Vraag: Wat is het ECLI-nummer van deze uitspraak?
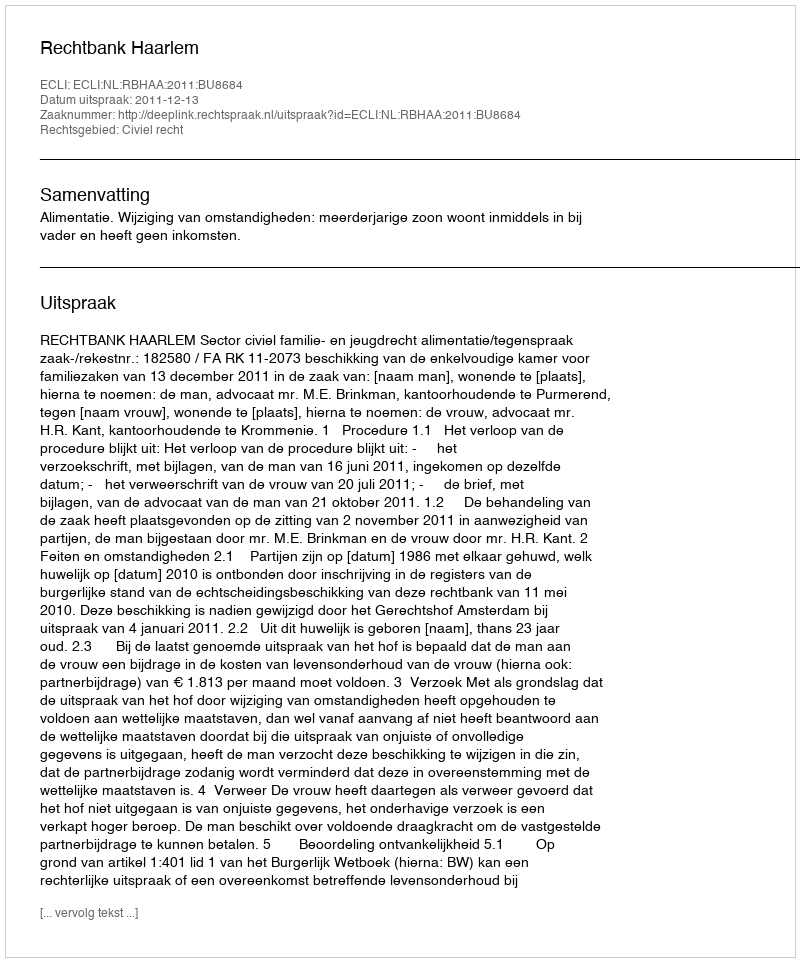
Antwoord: ECLI:NL:RBHAA:2011:BU8684